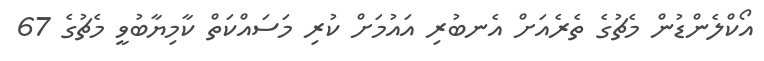
އޯކްލެންޑުން މެޗުގެ ތެރެއަށް އެނބުރި އައުމަށް ކުރި މަސައްކަތް ކާމިޔާބުވީ މެޗުގެ 67